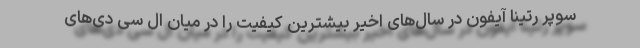
سوپر رتینا آیفون در سال‌های اخیر بیشترین کیفیت را در میان ال سی دی‌های